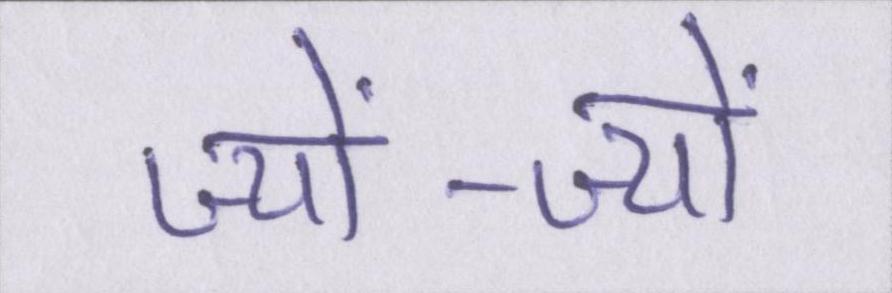
ज्यों-ज्यों